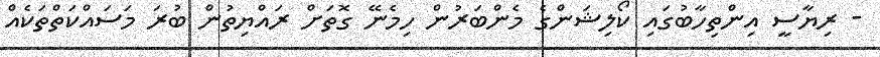
- ރިޔާސީ އިންތިހާބުގައި ކޯލިޝަންގެ މެންބަރުން ހިމެނޭ ގޮތަށް ރައްޔިތުން ބުރަ މަސައްކަތްތަކެއް